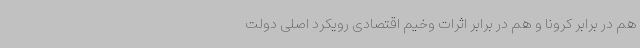
هم در برابر کرونا و هم در برابر اثرات وخیم اقتصادی رویکرد اصلی دولت